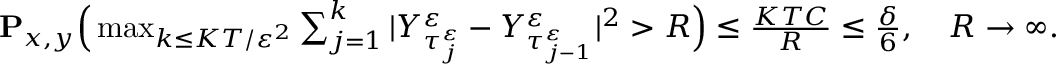
\begin{array} { r } { \mathbf { P } _ { x , y } \Big ( \operatorname* { m a x } _ { k \leq K T / \varepsilon ^ { 2 } } \sum _ { j = 1 } ^ { k } | Y _ { \tau _ { j } ^ { \varepsilon } } ^ { \varepsilon } - Y _ { \tau _ { j - 1 } ^ { \varepsilon } } ^ { \varepsilon } | ^ { 2 } > R \Big ) \leq \frac { K T C } { R } \leq \frac { \delta } { 6 } , \quad R \to \infty . } \end{array}